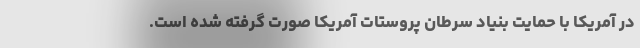
در آمریکا با حمایت بنیاد سرطان پروستات آمریکا صورت گرفته شده است.